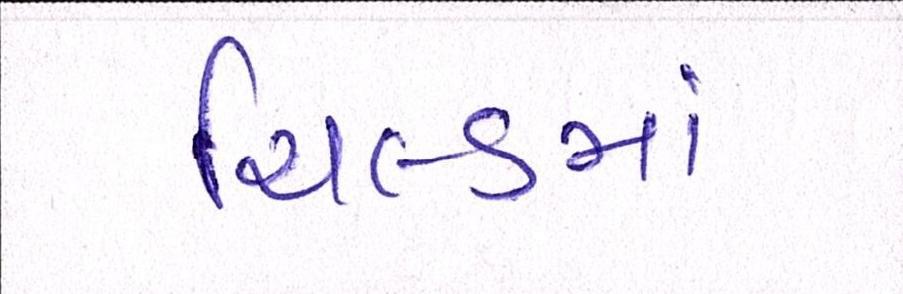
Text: યિલ્ડમાં